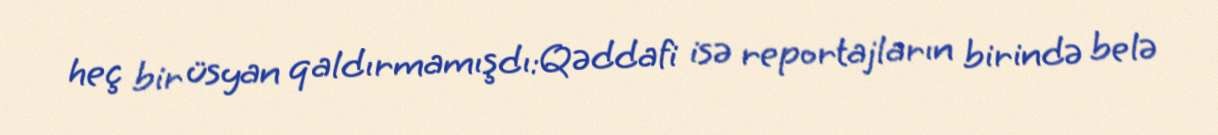
heç bir üsyan qaldırmamışdı:Qəddafi isə reportajların birində belə